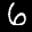
Label: 6